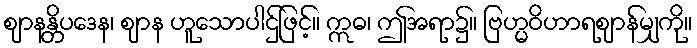
ဈာနန္တိပဒေန၊ ဈာန ဟူသောပါဌ်ဖြင့်။ ဣဓ၊ ဤအရာ၌။ ဗြဟ္မဝိဟာရဈာန်မျှကို။